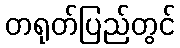
တရုတ်ပြည်တွင်